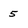
Character: 5